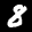
Label: 8